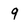
Character: 9